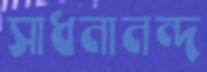
সাধনানন্দ